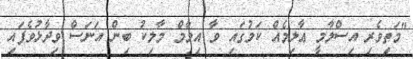
"މަތިވެރި އިސްލާމީ ޢާލިމެއް ކަމުގައި ވާ އިމާމް މާލިކު ބިން އަނަސް ވިދާޅުވެފައި